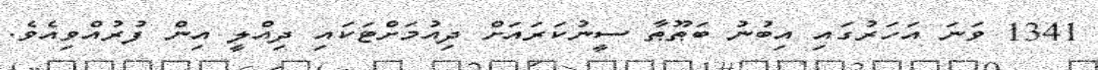
1341 ވަނަ އަހަރުގައި އިބުނު ބަޠޫޠާ ސީނުކަރައަށް ދިއުމަށްޓަކައި ދިއްލީ އިން ފުރުއްވިއެވެ.